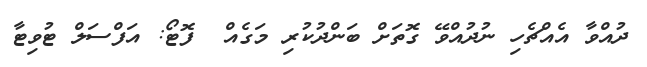
ދުއްވާ އެއްޗެހި ނުދުއްވޭ ގޮތަށް ބަންދުކުރި މަގެއް  ފޮޓޯ: އަފްސަލް ޓުވިޓާ